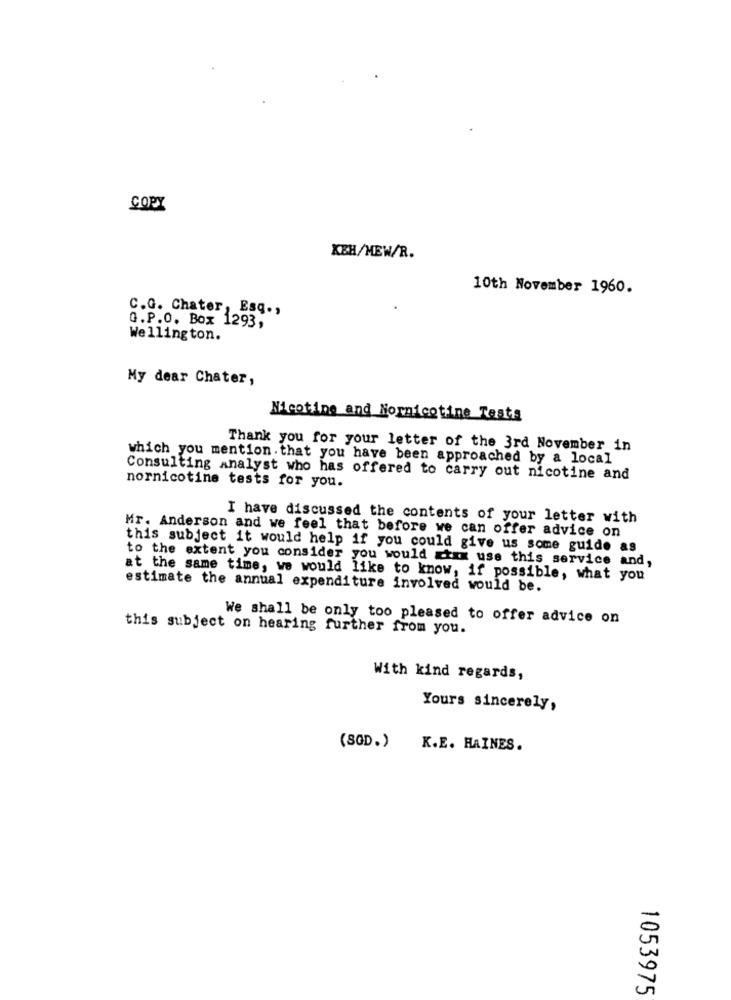
COPY
KEH/MEW/R.
10th November 1960.
C.G. Chater, Esq .,
G.P.O. Box 1293,
Wellington.
My dear Chater,
Nicotine and Nornicotine Tests
Thank you for your letter of the 3rd November in
which you mention that you have been approached by a local
Consulting analyst who has offered to carry out nicotine and
nornicotine tests for you.
I have discussed the contents of your letter with
Mr. Anderson and we feel that before we can offer advice on
this subject it would help if you could give us some guide as
to the extent you consider you would xtax use this service and,
at the same time, we would like to know, if possible, what you
estimate the annual expenditure involved would be.
We shall be only too pleased to offer advice on
this subject on hearing further from you.
With kind regards,
Yours sincerely,
(SGD.) K.E. HAINES.
-
1053975